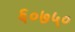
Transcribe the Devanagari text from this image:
६०७५०